Vaccination North-Western Provinces and Oudh 1896-1901 - 1896-1901
Year: 1896
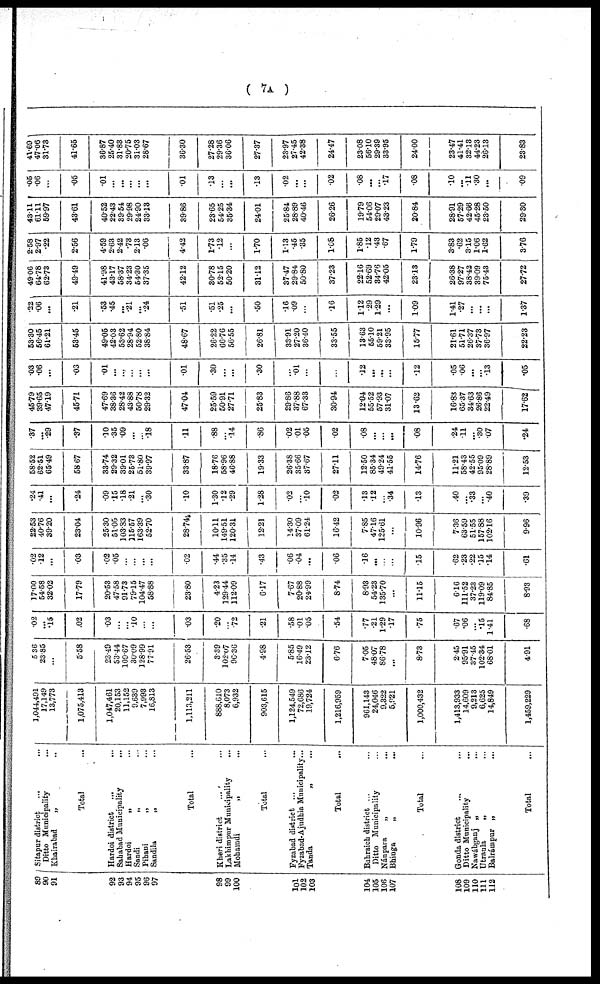
( 7A )
80
90
91
92
93
94
95
96
97
98
99
100
101
102
103
104
105
106
107
108
109
110
111 112
Sitapur district ... ...
Ditto Municipality ...
Khairabad „ ...
Total ...
Hardoi district
... ...
Sahabad Municipality
...
Hardoi
„ ...
Sandi
„ ...
Pihani
„ ...
Sandila
„ ...
Total ...
Kheri district ... ...
Lakhimpur Municipality ...
Mohamdi
„
...
Total ...
Fyzabad district ... ...
Fyzabad-Ajudhia Municipality ...
Tanda
„ ...
Total ...
Bahraich district ... ...
Ditto Municipality ...
Nánpara
„ ...
Bhinga
„ ...
Total ...
Gonda district ... ...
Ditto Municipality
...
Nawábganj „ ...
Utraula „ ...
Balrámpur „ ...
Total ...
1,044,491
17,149
13,773
1,075,413
1,047,461
20,153
11,152
9,639
7,993
16,813
1,113,211
888,610
8,073
6,932
903,615
1,124,549
72,686
19,724
1,216,959
961,143
24,046
9,322
5,921
1,000,432
1,413,933
14,609
9,213
6,625
14,849
1,459,229
5.36
23.85
...
5.58
23.49
53.44
109.67
30.09
128.99
77.91
26.53
3.39
102.07
96.36
4.98
5.85
16.49
23.12
6.76
7.05
48.07
86.78
...
8.73
2.45
95.91
37.45
102.34
68.01
4.91
.02
...
.15
.02
.03
...
...
.10
...
...
.03
.20
...
.72
.21
.58
.01
.05
.54
.77
.21
1.29
.17
.75
.67
.06
...
.15
1.41
.68
17.00
54.58
32.02
17.79
20.53
47.58
91.73
79.15
104.47
58.88
23.80
4.23
129.44
112.09
6.17
7.67
20.88
24.99
8.74
8.93
54.23
135.70
...
11.15
6.16
111.52
37.23
119.09
84.85
8.93
.02
.12
...
.03
.02
.05
...
...
...
...
.02
.44
.35
.14
.43
.06
.04
...
.06
.16
...
...
...
.15
.62
.23
.22
.15
.14
.61
22.53
40.76
39.20
23.04
25.30
51.05
103.83
115.57
163.39
52.70
28.74
10.11
149.51
120.31
12.21
14.30
37.09
61.24
16.42
7.85
47.16
125.61
...
10.96
7.36
63.59
51.55
157.88
102.16
9.96
.24
.41
...
.24
.09
.15
.18
.21
...
.30
.10
1.30
.12
.29
1.28
.02
...
.10
.02
.13
.12
...
.34
.13
.40
...
.33
...
.40
.39
58.52
62.51
65.49
58.67
33.74
29.32
39.01
25.73
51.80
39.97
33.87
18.76
58.96
46.88
19.33
26.38
35.66
37.67
27.11
12.50
85.34
49.24
41.55
14.76
11.21
58.43
42.55
95.09
28.89
12.53
.37
...
.29
.37
.10
.35
.09
...
...
.18
.11
.88
...
.14
.86
.02
.01
.05
.02
.08
...
...
...
.08
.24
.11
...
.30
.07
.24
45.79
39.65
47.19
45.71
47.69
38.36
28.42
43.88
50.78
29.32
47.04
25.59
50.91
27.71
25.83
29.86
37.88
67.33
30.94
12.04
55.52
57.93
31.07
13.62
16.83
65.37
34.63
26.86
22.49
17.62
.03
.06
...
.03
.01
...
...
...
...
...
.01
.30
...
...
.30
...
.01
...
...
.12
...
...
...
.12
.05
.06
...
...
.13
.05
53.30
56.45
61.21
53.45
49.05
42.03
53.62
28.94
52.80
38.84
48.67
26.22
66.76
56.55
26.81
33.91
27.20
36.40
33.55
13.63
55.10
59.21
33.95
15.77
21.61
51.71
26.37
37.73
36.97
22.23
.22
.06
...
.21
.53
.45
...
.21
...
.24
.51
.51
.25
...
.50
.16
.09
...
.16
1.12
.29
1.29
...
1.09
1.41
.27
...
...
...
1.37
49.06
64.78
62.73
49.49
41.98
43.17
58.37
34.23
54.30
37.35
42.12
30.78
52.15
50.20
31.12
37.47
29.84
50.80
37.23
22.16
52.69
34.76
42.05
23.13
26.38
97.27
38.42
39.09
75.43
27.72
2.58
2.97
.22
2.56
4.59
2.63
2.42
.73
2.13
.06
4.42
1.73
.12
...
1.70
1.13
.45
.35
1.08
1.85
.12
.43
.67
1.79
3.83
.62
3.15
1.06
1.62
3.76
43.11
61.11
59.97
43.61
40.52
22.43
39.54
29.98
24.90
33.13
39.86
23.65
54.25
35.34
24.01
25.84
28.89
40.46
26.26
19.79
54.06
29.07
43.23
20.84
28.91
57.29
42.66
45.28
23.50
29.30
.05
.06
...
.05
.01
...
...
...
...
...
.01
.13
...
...
.13
.02
...
...
.02
.08
...
...
.17
.08
.10
...
.11
.30
...
.09
41.69
47.06
31.73
41.65
36.87
25.40
31.83
20.75
31.03
28.67
36.30
27.28
29.36
36.06
27.37
23.97
27.45
42.38
24.47
23.08
56.10
29.39
33.95
24.00
23.47
41.41
32.13
44.23
26.13
23.83